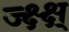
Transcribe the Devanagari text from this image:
ज्क्ष्क्ष्